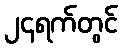
၂၄ရက်တွင်